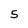
Character: 5